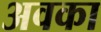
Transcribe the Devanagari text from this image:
अवका